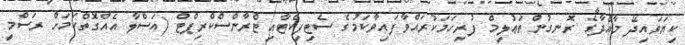
ކިޔަވައިދޭ މާއްދާގެ ރޮނގުން ތަޢުލީމް ފުރިހަމަކުރައްވާފައިވާކަމުގެ ސެޓިފިކެޓާއި ޓްރާންސްކްރިޕްޓް (އަސްލާ އެއްގޮތްކަމަށް ރަސްމީ